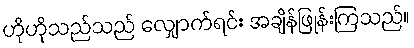
ဟိုဟိုသည်သည် လျှောက်ရင်း အချိန်ဖြုန်းကြသည်။